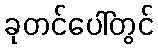
ခုတင်ပေါ်တွင်